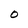
Character: O